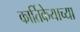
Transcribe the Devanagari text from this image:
कार्तिकेयाच्या